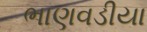
ભાણવડીયા